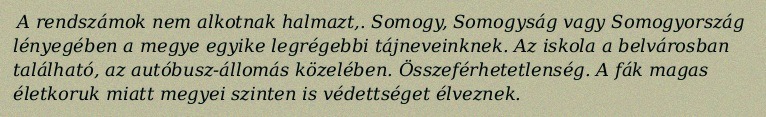
A rendszámok nem alkotnak halmazt,. Somogy, Somogyság vagy Somogyország lényegében a megye egyike legrégebbi tájneveinknek. Az iskola a belvárosban található, az autóbusz-állomás közelében. Összeférhetetlenség. A fák magas életkoruk miatt megyei szinten is védettséget élveznek.